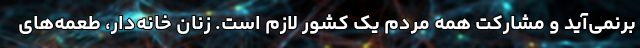
برنمی‌آید و مشارکت همه مردم یک کشور لازم است. زنان خانه‌دار، طعمه‌های